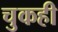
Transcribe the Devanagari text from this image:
चुकही